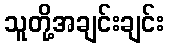
သူတို့အချင်းချင်း